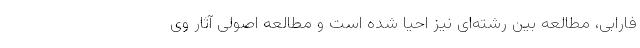
فارابی، مطالعه بین رشته‌ای نیز احیا شده است و مطالعه اصولی آثار وی